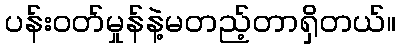
ပန်းဝတ်မှုန်နဲ့မတည့်တာရှိတယ်။